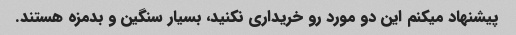
پیشنهاد میکنم این دو مورد رو خریداری نکنید، بسیار سنگین و بدمزه هستند.